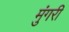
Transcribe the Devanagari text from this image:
मुंगरी